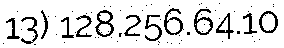
13) 128.256.64.10